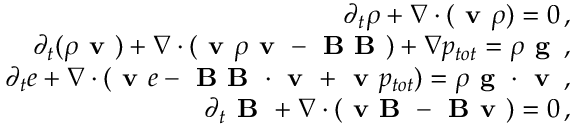
\begin{array} { r } { \partial _ { t } \rho + \nabla \cdot ( \textbf { v } \rho ) = 0 \, , } \\ { \partial _ { t } ( \rho \textbf { v } ) + \nabla \cdot ( \textbf { v } \rho \textbf { v } - \textbf { B B } ) + \nabla p _ { t o t } = \rho \textbf { g } \, , } \\ { \partial _ { t } e + \nabla \cdot ( \textbf { v } e - \textbf { B B } \cdot \textbf { v } + \textbf { v } p _ { t o t } ) = \rho \textbf { g } \cdot \textbf { v } \, , } \\ { \partial _ { t } \textbf { B } + \nabla \cdot ( \textbf { v B } - \textbf { B v } ) = 0 \, , } \end{array}